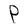
Character: P